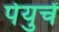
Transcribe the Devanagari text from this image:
पेयुचें